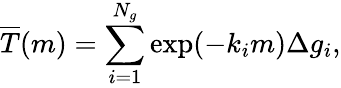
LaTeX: \overline{{T}}(m)=\sum_{i=1}^{N_{g}}\exp(-k_{i}m)\Delta g_{i},